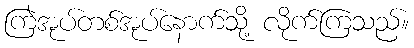
ကြဲအုပ်တစ်အုပ်နောက်သို့ လိုက်ကြသည်။